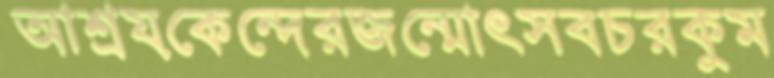
আশ্রয়কেন্দেরজন্মোৎসবচরকুম